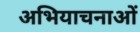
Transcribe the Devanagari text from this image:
अभियाचनाओं